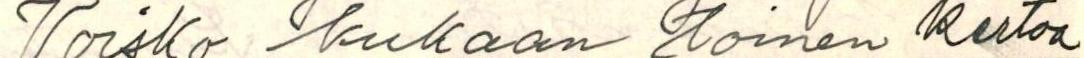
Voisko kukaan toinen kertoa